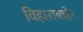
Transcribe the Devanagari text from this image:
विहाराबाहेर